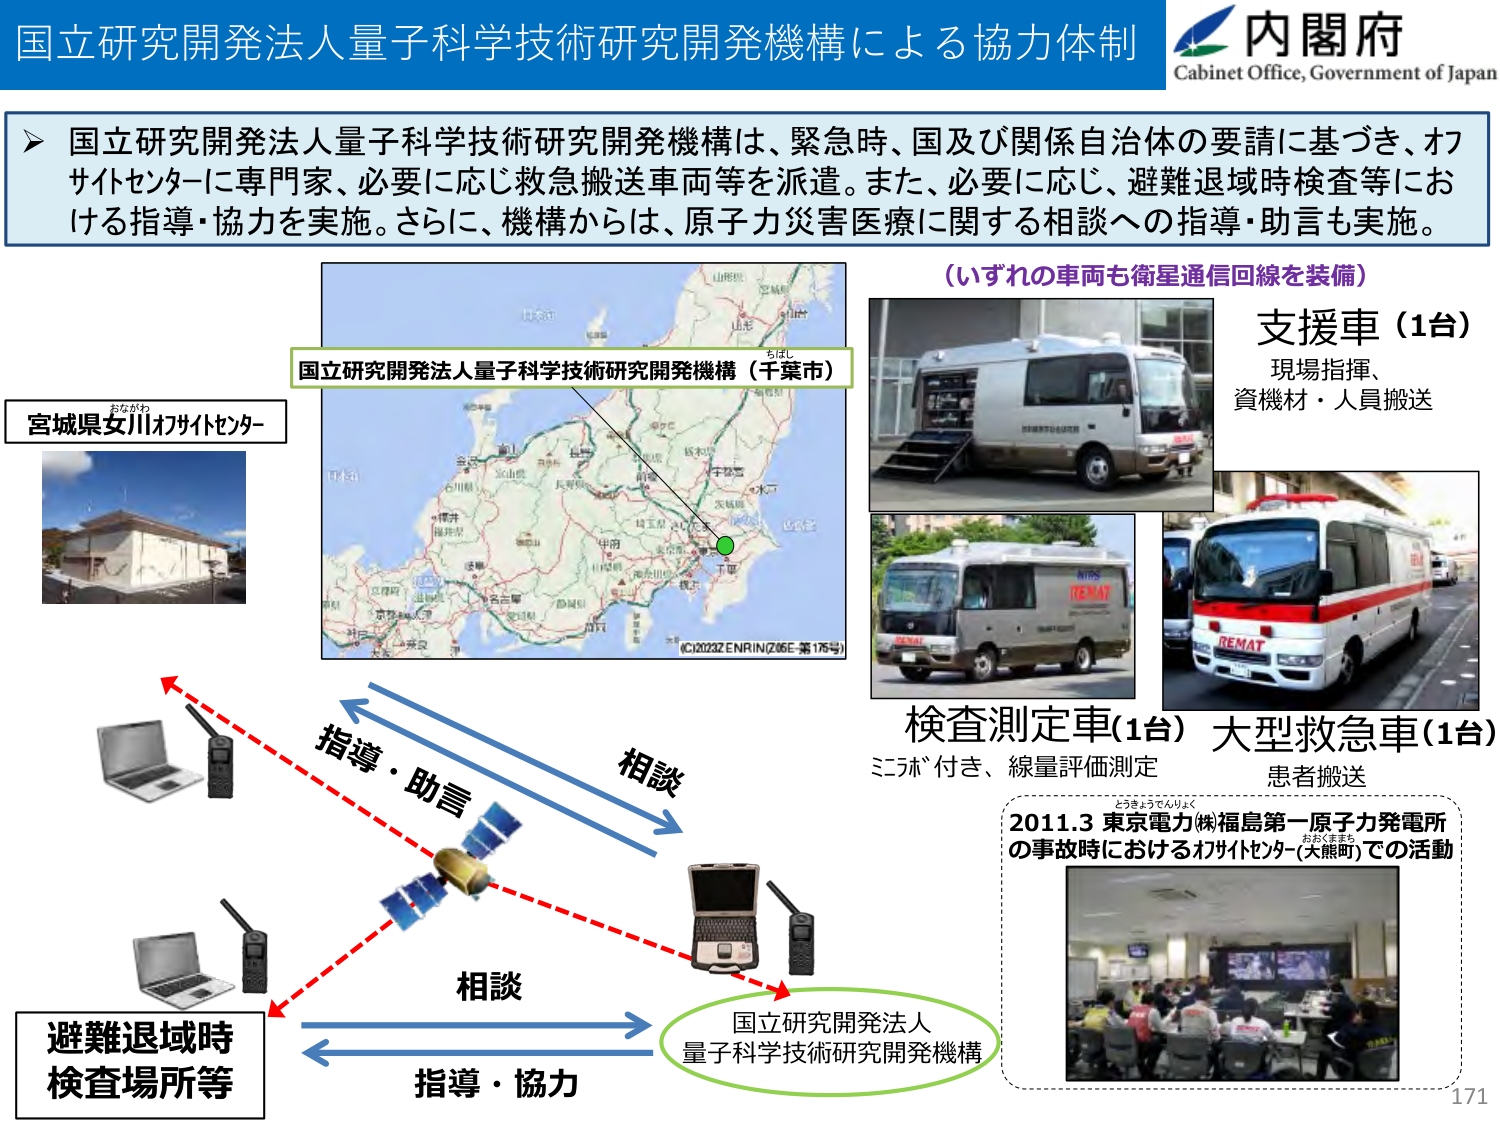
国立研究開発法人量子科学技術研究開発機構による協力体制
内閣府
Cabinet Office, Government of Japan

▶ 国立研究開発法人量子科学技術研究開発機構は、緊急時、国及び関係自治体の要請に基づき、オフサイトセンターに専門家、必要に応じ救急搬送車両等を派遣。また、必要に応じ、避難退域時検査等における指導・協力を実施。さらに、機構からは、原子力災害医療に関する相談への指導・助言も実施。

（いずれの車両も衛星通信回線を装備）
支援車（1台）
現場指揮、
資機材・人員搬送

宮城県女川オフサイトセンター
おながわ

国立研究開発法人量子科学技術研究開発機構（千葉市）
ちばし

検査測定車（1台）
ミニラボ付き、線量評価測定

大型救急車（1台）
患者搬送

指導・助言
相談
相談
指導・協力

避難退域時
検査場所等

国立研究開発法人
量子科学技術研究開発機構

2011.3 東京電力㈱福島第一原子力発電所
の事故時におけるオフサイトセンター（大熊町）での活動
とうきょうでんりょく
おおくまちょう

(C)2023 ZENRIN (Z06E-第175号)

171